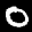
Label: 0